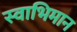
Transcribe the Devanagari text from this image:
स्‍वाभिमान